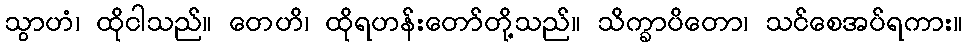
သွာဟံ၊ ထိုငါသည်။ တေဟိ၊ ထိုရဟန်းတော်တို့သည်။ သိက္ခာပိတော၊ သင်စေအပ်ရကား။